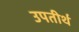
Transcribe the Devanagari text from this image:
उपतीर्थ